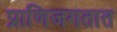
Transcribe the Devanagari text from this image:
प्राणिजगतात